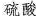
硫酸